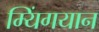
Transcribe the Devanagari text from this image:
म्यिंगयान